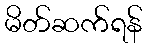
မိတ်ဆက်ရန်